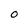
Character: O